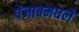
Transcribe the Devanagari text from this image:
पंजाबमधले